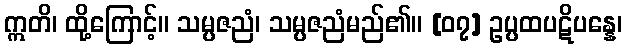
ဣတိ၊ ထို့ကြောင့်။ သမ္ပဇညံ၊ သမ္ပဇညံမည်၏။ [၀၇] ဥပ္ပထပဋိပန္နေ၊